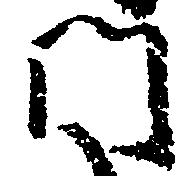
門